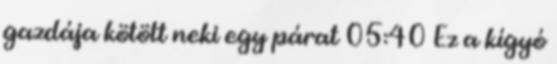
gazdája kötött neki egy párat 05:40 Ez a kígyó